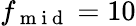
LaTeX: f_{\mathrm{~m~i~d~}}=10